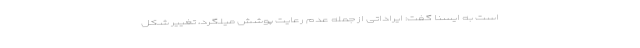
است به ایسنا گفت: ایراداتی از جمله عدم رعایت پوشش میلگرد، تغییر شکل